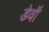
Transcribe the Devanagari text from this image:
डेवॉ